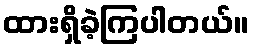
ထားရှိခဲ့ကြပါတယ်။